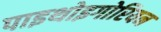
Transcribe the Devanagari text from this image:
पाइथोइगोरियन